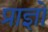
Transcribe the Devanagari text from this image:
प्राज्ञो